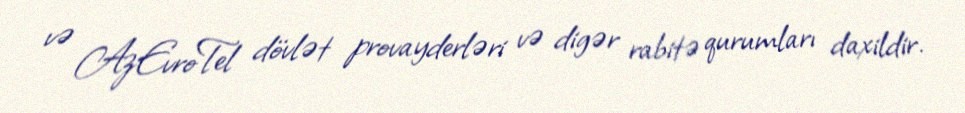
və AzEvroTel dövlət provayderləri və digər rabitə qurumları daxildir.